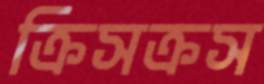
ক্রিসক্রস